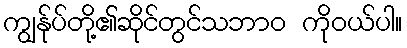
ကျွန်ုပ်တို့၏ဆိုင်တွင်သဘာဝ ကိုဝယ်ပါ။